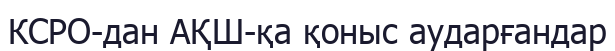
КСРО-дан АҚШ-қа қоныс аударғандар